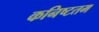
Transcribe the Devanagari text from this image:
कनिष्टतम